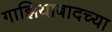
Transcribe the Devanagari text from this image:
गाझियाबादच्या